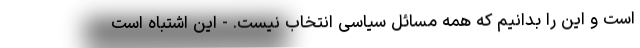
است و این را بدانیم که همه مسائل سیاسی انتخاب نیست. - این اشتباه است